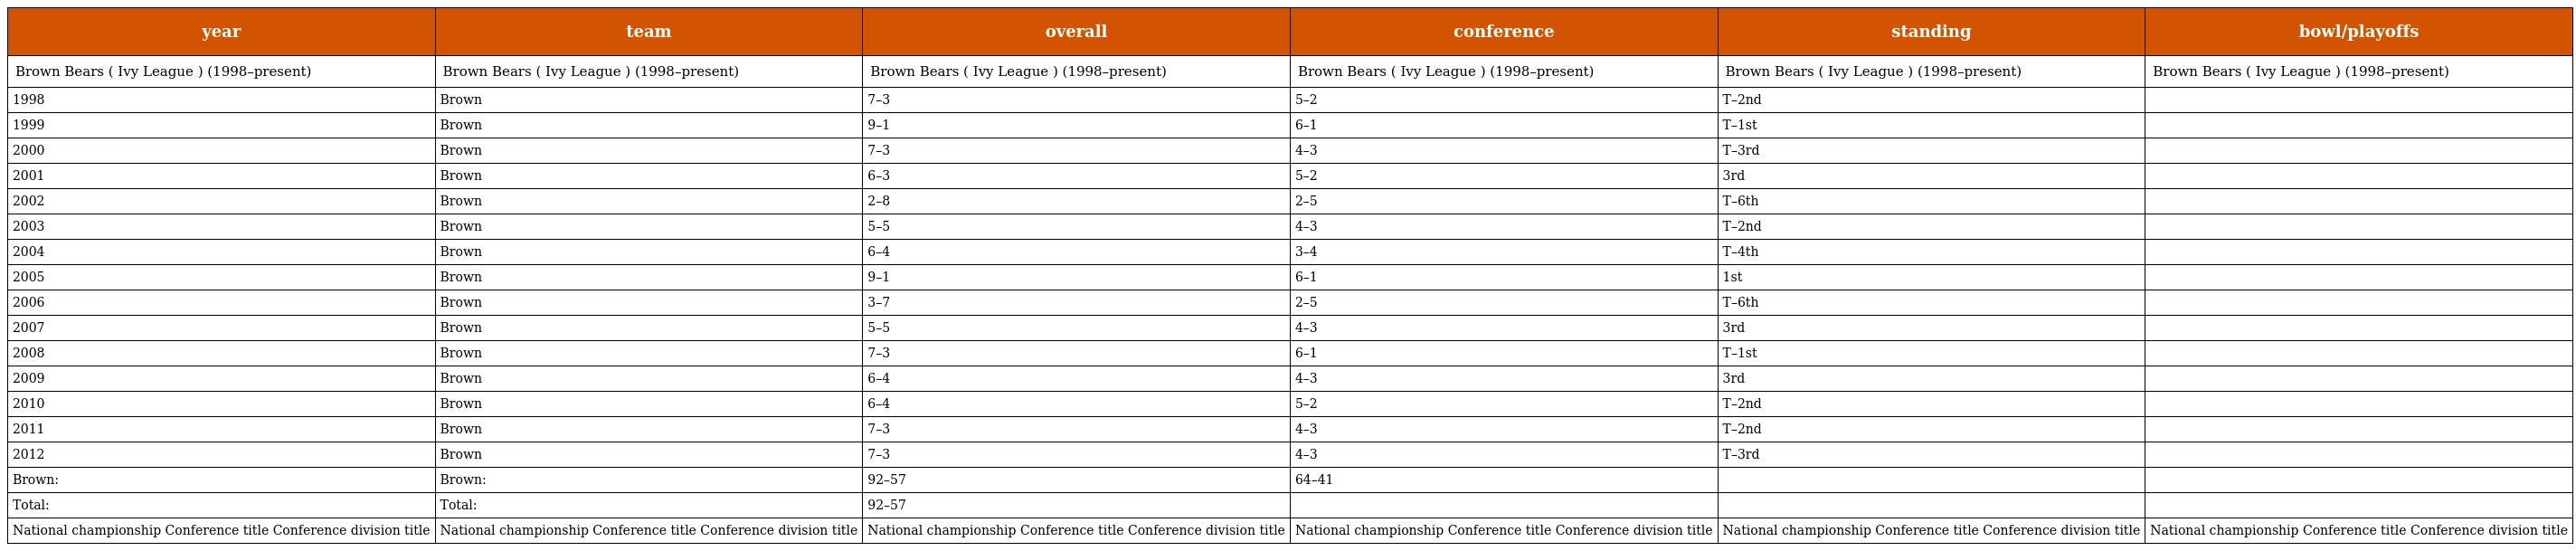
| year | team | overall | conference | standing | bowl/playoffs |
 | --- | --- | --- | --- | --- | --- |
 | Brown Bears ( Ivy League ) (1998–present) | Brown Bears ( Ivy League ) (1998–present) | Brown Bears ( Ivy League ) (1998–present) | Brown Bears ( Ivy League ) (1998–present) | Brown Bears ( Ivy League ) (1998–present) | Brown Bears ( Ivy League ) (1998–present) |
 | 1998 | Brown | 7–3 | 5–2 | T–2nd |  |
 | 1999 | Brown | 9–1 | 6–1 | T–1st |  |
 | 2000 | Brown | 7–3 | 4–3 | T–3rd |  |
 | 2001 | Brown | 6–3 | 5–2 | 3rd |  |
 | 2002 | Brown | 2–8 | 2–5 | T–6th |  |
 | 2003 | Brown | 5–5 | 4–3 | T–2nd |  |
 | 2004 | Brown | 6–4 | 3–4 | T–4th |  |
 | 2005 | Brown | 9–1 | 6–1 | 1st |  |
 | 2006 | Brown | 3–7 | 2–5 | T–6th |  |
 | 2007 | Brown | 5–5 | 4–3 | 3rd |  |
 | 2008 | Brown | 7–3 | 6–1 | T–1st |  |
 | 2009 | Brown | 6–4 | 4–3 | 3rd |  |
 | 2010 | Brown | 6–4 | 5–2 | T–2nd |  |
 | 2011 | Brown | 7–3 | 4–3 | T–2nd |  |
 | 2012 | Brown | 7–3 | 4–3 | T–3rd |  |
 | Brown: | Brown: | 92–57 | 64–41 |  |  |
 | Total: | Total: | 92–57 |  |  |  |
 | National championship Conference title Conference division title | National championship Conference title Conference division title | National championship Conference title Conference division title | National championship Conference title Conference division title | National championship Conference title Conference division title | National championship Conference title Conference division title |